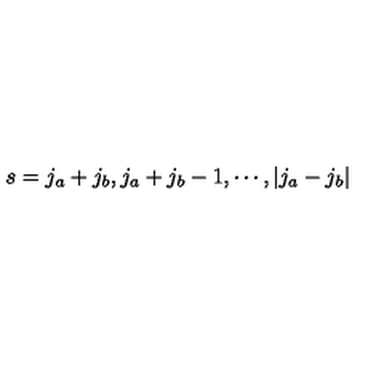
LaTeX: s = j _ { a } + j _ { b } , j _ { a } + j _ { b } - 1 , \cdots , | j _ { a } - j _ { b } |